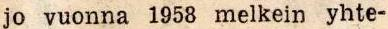
jo vuonna 1958 melkein yhte-